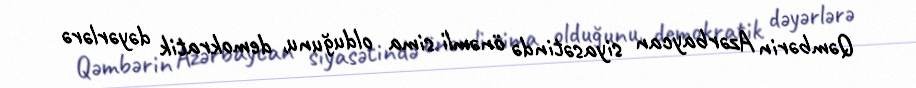
Qəmbərin Azərbaycan siyasətində önəmli sima olduğunu, demokratik dəyərlərə